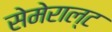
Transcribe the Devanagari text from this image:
सेमेराल्ट